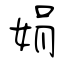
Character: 娟